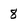
Character: 8